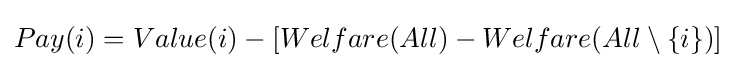
Pay(i)=Value(i)-[Welfare(All)-Welfare(All\setminus \{i\})]